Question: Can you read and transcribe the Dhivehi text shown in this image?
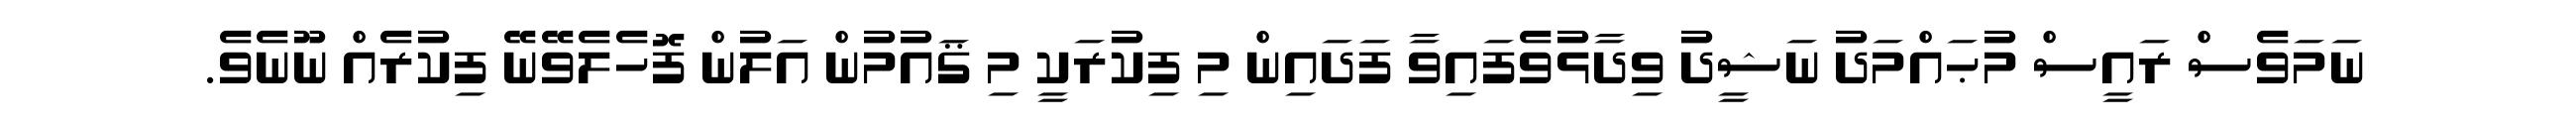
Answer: ނަމަވެސް ރައީސް މުޙައްމަދު ނަޝީދު ވިދާޅުވެފައިވާ ފަދައިން މި ފިކުރަކީ މި ޤައުމުން އަލުން ފޮހެލެވޭނޭ ފިކުރެއް ނޫނެވެ.